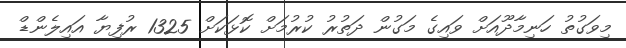
މިވަގުތު ހަނިމާދޫއަށް ވައިގެ މަގުން ދަތުރު ކުރުމަށް ކޮޅަކަށް 1325 ރުފިޔާ އައިލެންޑް